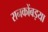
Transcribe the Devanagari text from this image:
रानकोंबड़या